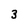
Character: 3